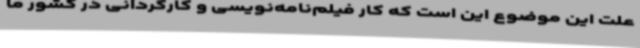
علت این موضوع این است که کار فیلم‌نامه‌نویسی و کارگردانی در کشور ما